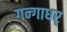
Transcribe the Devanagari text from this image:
गन्गाधर्